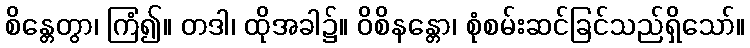
စိန္တေတွာ၊ ကြံ၍။ တဒါ၊ ထိုအခါ၌။ ဝိစိနန္တော၊ စုံစမ်းဆင်ခြင်သည်ရှိသော်။